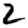
Digit: 2